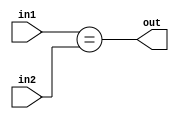
module Check_Equality(in1, in2, out);

input  [5:0] in1, in2;
output out;

assign out = (in1 == in2);

endmodule